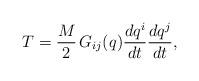
LaTeX: \begin{align*}T=\frac{M}{2}\,G_{ij}(q)\frac{dq^i}{dt}\frac{dq^j}{dt},\end{align*}